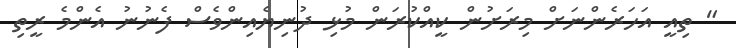
" ތިއީ އަހަރެންނަށް މިރަށުން ކީއްކުރަން މުޅި ދުނިޔެއިންވެސް ފެނުނު އެންމެ ރީތި